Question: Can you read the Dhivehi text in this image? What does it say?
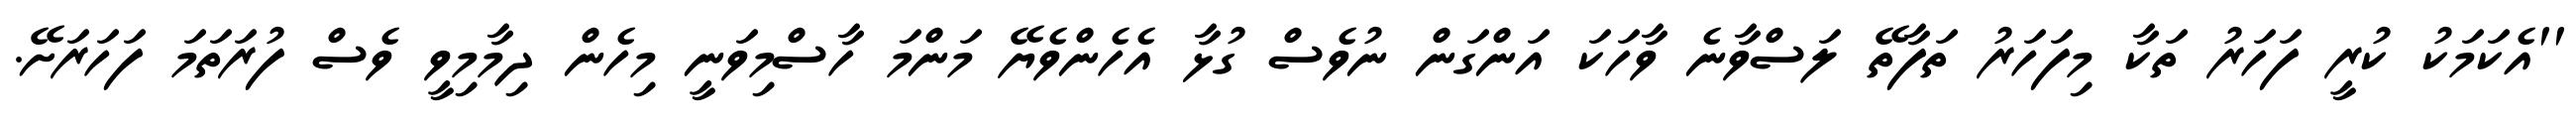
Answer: ''އެކަމަކު ކުރީ ފަހަރު ތަކާ މިފަހަރު ތަފާތޭ ލަސްވާނެ ވާހަކަ އަންގަން ނުވެސް ގުޅާ އެހެންވެޔޭ މަންމަ ހާސްމިވަނީ މިހެން ދިމާމިވީ ވެސް ފުރަތަމަ ފަހަރަށޭ.